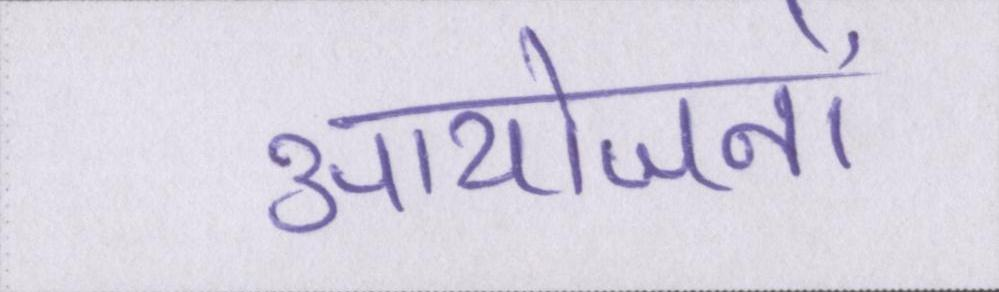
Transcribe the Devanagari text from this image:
आयोजनों